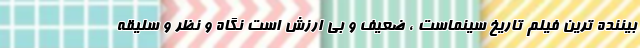
بیننده ترین فیلم تاریخ سینماست ، ضعیف و بی ارزش است نگاه و نظر و سلیقه